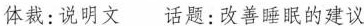
体裁: 说明文 话题: 改善睡眠的建议